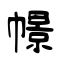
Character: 幜